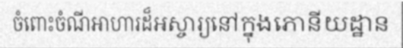
ចំពោះចំណីអាហារដ៏អស្ចារ្យនៅក្នុងភោនីយដ្ឋាន